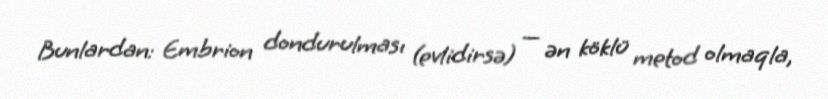
Bunlardan: Embrion dondurulması (evlidirsə) — ən köklü metod olmaqla,